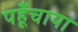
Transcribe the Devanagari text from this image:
पहूँचाया